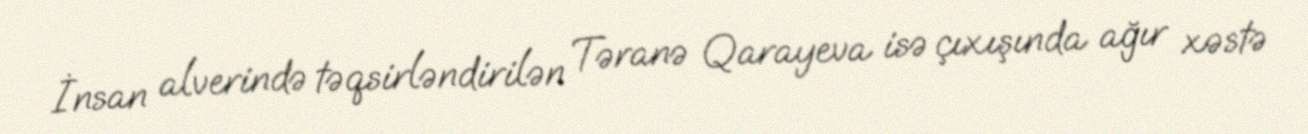
İnsan alverində təqsirləndirilən Təranə Qarayeva isə çıxışında ağır xəstə